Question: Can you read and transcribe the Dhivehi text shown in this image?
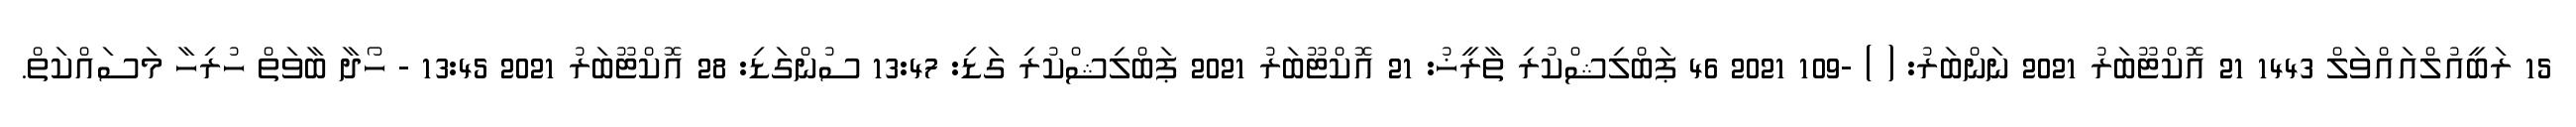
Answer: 15 ރަބީއުލްއައްވަލް 1443 21 އޮކްޓޫބަރު 2021 ނަންބަރު: ( ) -109 2021 46 ޕަބްލިޝްކުރި ތާރީޚު: 21 އޮކްޓޫބަރު 2021 ޕަބްލިޝްކުރި ގަޑި: 13:47 ސުންގަޑި: 28 އޮކްޓޫބަރު 2021 13:45 - ހޯދާ ބާވަތް ހުރިހާ މަސައްކަތް.